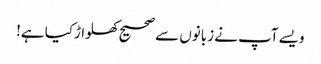
ویسے آپ نے زبانوں سے صحیح کھلواڑکیا ہے!